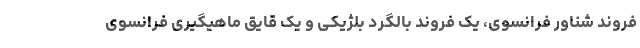
فروند شناور فرانسوی، یک فروند بالگرد بلژیکی و یک قایق ماهیگیری فرانسوی